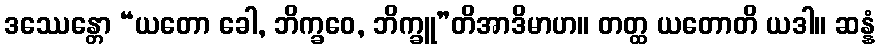
ဒဿေန္တော “ယတော ခေါ, ဘိက္ခဝေ, ဘိက္ခူ”တိအာဒိမာဟ။ တတ္ထ ယတောတိ ယဒါ။ ဆန္နံ